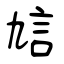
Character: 訄